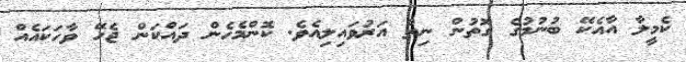
ކެމީލާ އާއެކޭ ބުނުމުގެ ގޮތުން ނިތް އަރުވައިލިއެވެ. ކޮންމެހެން ދައްކަން ޖެހޭ ވާހަކައެއް